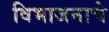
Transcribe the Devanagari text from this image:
विभाजनाचे